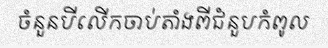
ចំនួនបីលើកចាប់តាំងពីជំនួបកំពូល